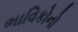
ભાવિકોનો